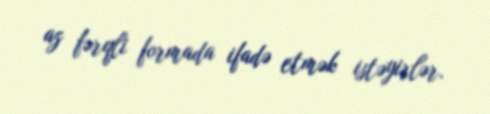
az fərqli formada ifadə etmək istəyirlər.